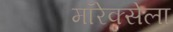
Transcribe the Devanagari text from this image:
मॉरेक्सेला